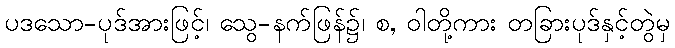
ပဒသော-ပုဒ်အားဖြင့်၊ သွေ-နက်ဖြန်၌၊ စ, ဝါတို့ကား တခြားပုဒ်နှင့်တွဲမှ